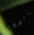
بالصحة